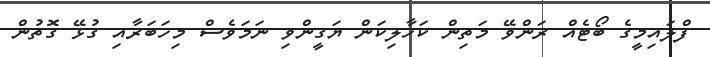
ފްލައިމީގެ ބޯޓެއް ރަންވޭ މަތިން ކަހާލިކަން ޔަގީންވި ނަމަވެސް މިހަބަރާއި ގުޅޭ ގޮތުން